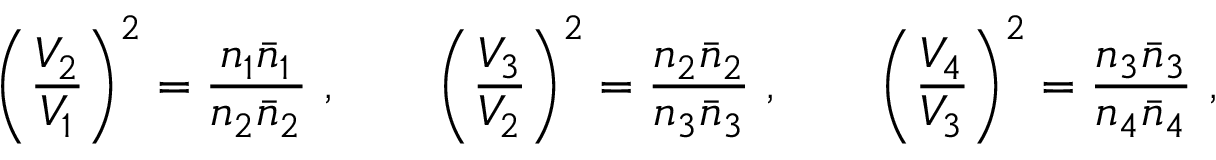
\left( { \frac { V _ { 2 } } { V _ { 1 } } } \right) ^ { 2 } = { \frac { n _ { 1 } \bar { n } _ { 1 } } { n _ { 2 } \bar { n } _ { 2 } } } \ , \qquad \left( { \frac { V _ { 3 } } { V _ { 2 } } } \right) ^ { 2 } = { \frac { n _ { 2 } \bar { n } _ { 2 } } { n _ { 3 } \bar { n } _ { 3 } } } \ , \qquad \left( { \frac { V _ { 4 } } { V _ { 3 } } } \right) ^ { 2 } = { \frac { n _ { 3 } \bar { n } _ { 3 } } { n _ { 4 } \bar { n } _ { 4 } } } \ ,